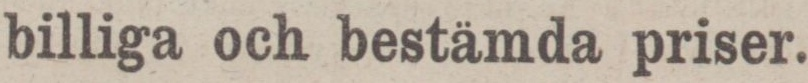
billiga och bestämda priser.